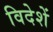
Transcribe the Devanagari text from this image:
विदेशें